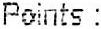
POINTS :